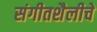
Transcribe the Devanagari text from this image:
संगीतशैलीचे